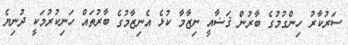
ސަރުކާރު ހިންގުމުގެ ބާރުން ޤަޟާއީ ނިޒާމާ ކުޅެ އެނިޒާމުގެ ބާރުތައް ހަނިކުރުމަކީ ދުނިޔެ